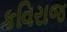
કવિરાજ